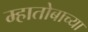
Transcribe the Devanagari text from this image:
म्हातोबाच्या